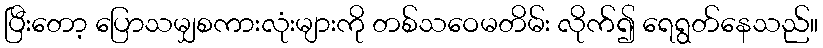
ပြီးတော့ ပြောသမျှစကားလုံးများကို တစ်သဝေမတိမ်း လိုက်၍ ရေရွတ်နေသည်။